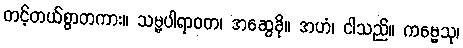
တင့်တယ်စွာတကား။ သမ္မပါရာဝတ၊ အဆွေခို။ အဟံ၊ ငါသည်။ ကမ္မေသု၊